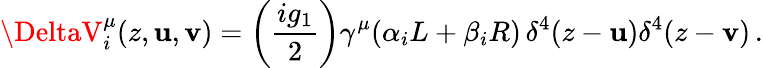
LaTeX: \DeltaV_{i}^{\mu}(z,\mathbf{u},\mathbf{v})=\left(\frac{{ig_{1}}}{{2}}\right)\gamma^{\mu}(\alpha_{i}L+\beta_{i}R)\, \delta^{4}(z-\mathbf{u})\delta^{4}(z-\mathbf{v})\, .